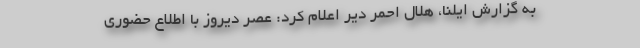
به گزارش ایلنا، هلال احمر دیر اعلام کرد: عصر دیروز با اطلاع حضوری